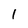
Character: 1